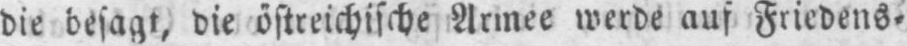
die besagt, die östreichische Armee werde auf Friedens⸗